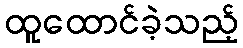
ထူထောင်ခဲ့သည့်